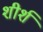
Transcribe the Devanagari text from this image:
शीर्श